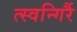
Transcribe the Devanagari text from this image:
त्स्वन्गिर्रै